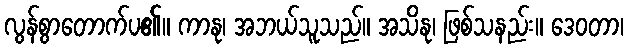
လွန်စွာတောက်ပ၏။ ကာနု၊ အဘယ်သူသည်။ အသိနု၊ ဖြစ်သနည်း။ ဒေဝတာ၊